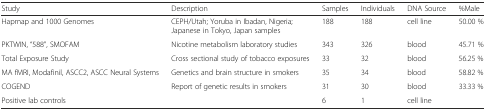
| Study | Description | Samples | Individuals | DNA Source | %Male |
 | --- | --- | --- | --- | --- | --- |
 | Hapmap and 1000 Genomes | CEPH/Utah; Yoruba in Ibadan, Nigeria; Japanese in Tokyo, Japan samples | 188 | 188 | cell line | 50.00 % |
 | PKTWIN, “588”, SMOFAM | Nicotine metabolism laboratory studies | 343 | 326 | blood | 45.71 % |
 | Total Exposure Study | Cross sectional study of tobacco exposures | 33 | 32 | blood | 56.25 % |
 | MA fMRI, Modafinil, ASCC2, ASCC Neural Systems | Genetics and brain structure in smokers | 35 | 34 | blood | 58.82 % |
 | COGEND | Report of genetic results in smokers | 31 | 30 | blood | 33.33 % |
 | Positive lab controls |  | 6 | 1 | cell line |  |